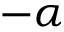
- \alpha